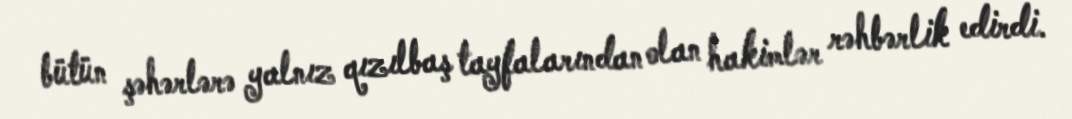
bütün şəhərlərə yalnız qızılbaş tayfalarından olan hakimlər rəhbərlik edirdi.